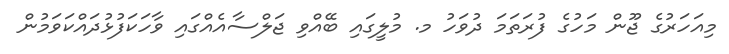
މިއަހަރުގެ ޖޫން މަހުގެ ފުރަތަމަ ދުވަހު މ. މުލީގައި ބޭއްވި ޖަލްސާއެއްގައި ވާހަކަފުޅުދައްކަވަމުން